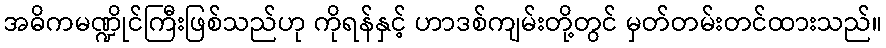
အဓိကမဏ္ဍိုင်ကြီးဖြစ်သည်ဟု ကိုရန်နှင့် ဟာဒစ်ကျမ်းတို့တွင် မှတ်တမ်းတင်ထားသည်။